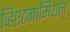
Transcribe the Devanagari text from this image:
व्हिएटनामियन्